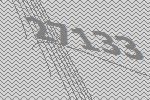
27133